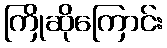
ကြိုဆိုကြောင်း